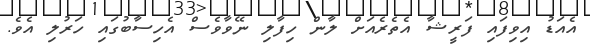
އެއަޑު އިވިފައި ފަރީޝާ އެތެރެއަށް ލާން ހިފާލި ނޭވާވެސް އެހިސާބުގައި ހަރުލި އެވެ.